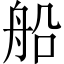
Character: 船